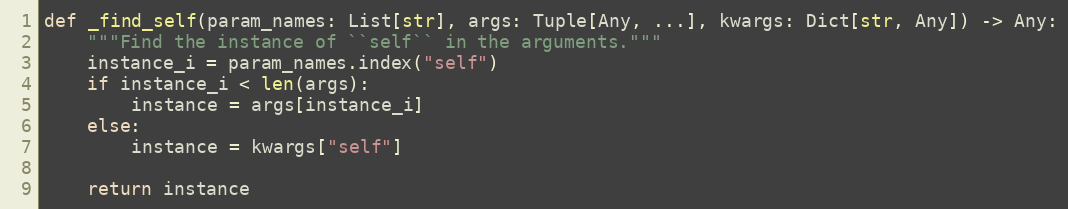
Language: Python
def _find_self(param_names: List[str], args: Tuple[Any, ...], kwargs: Dict[str, Any]) -> Any:
    """Find the instance of ``self`` in the arguments."""
    instance_i = param_names.index("self")
    if instance_i < len(args):
        instance = args[instance_i]
    else:
        instance = kwargs["self"]

    return instance